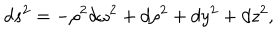
LaTeX: d s ^ { 2 } = - \rho ^ { 2 } d \omega ^ { 2 } + d \rho ^ { 2 } + d y ^ { 2 } + d z ^ { 2 } ,